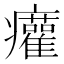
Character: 𤼐